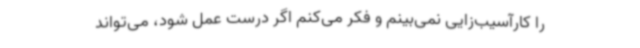
را کارآسیب‌زایی نمی‌بینم و فکر می‌کنم اگر درست عمل شود، می‌تواند